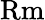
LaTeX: \mathrm{Rm}